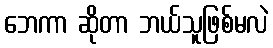
ဘေကာ ဆိုတာ ဘယ်သူဖြစ်မလဲ